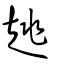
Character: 趒